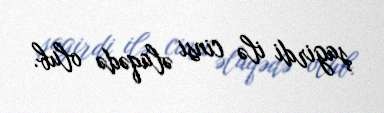
şagirdi ilə cinsi əlaqədə olub.